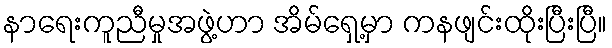
နာရေးကူညီမှုအဖွဲ့ဟာ အိမ်ရှေ့မှာ ကနဖျင်းထိုးပြီးပြီ။